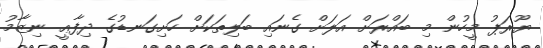
ޔޫރަޕު މީހުން މި ބައްރަށް އަލަށް ގެނައި ބަލިތަކަށް ހަށިގަނޑުގެ ދިފާޢީ ނިޒާމު